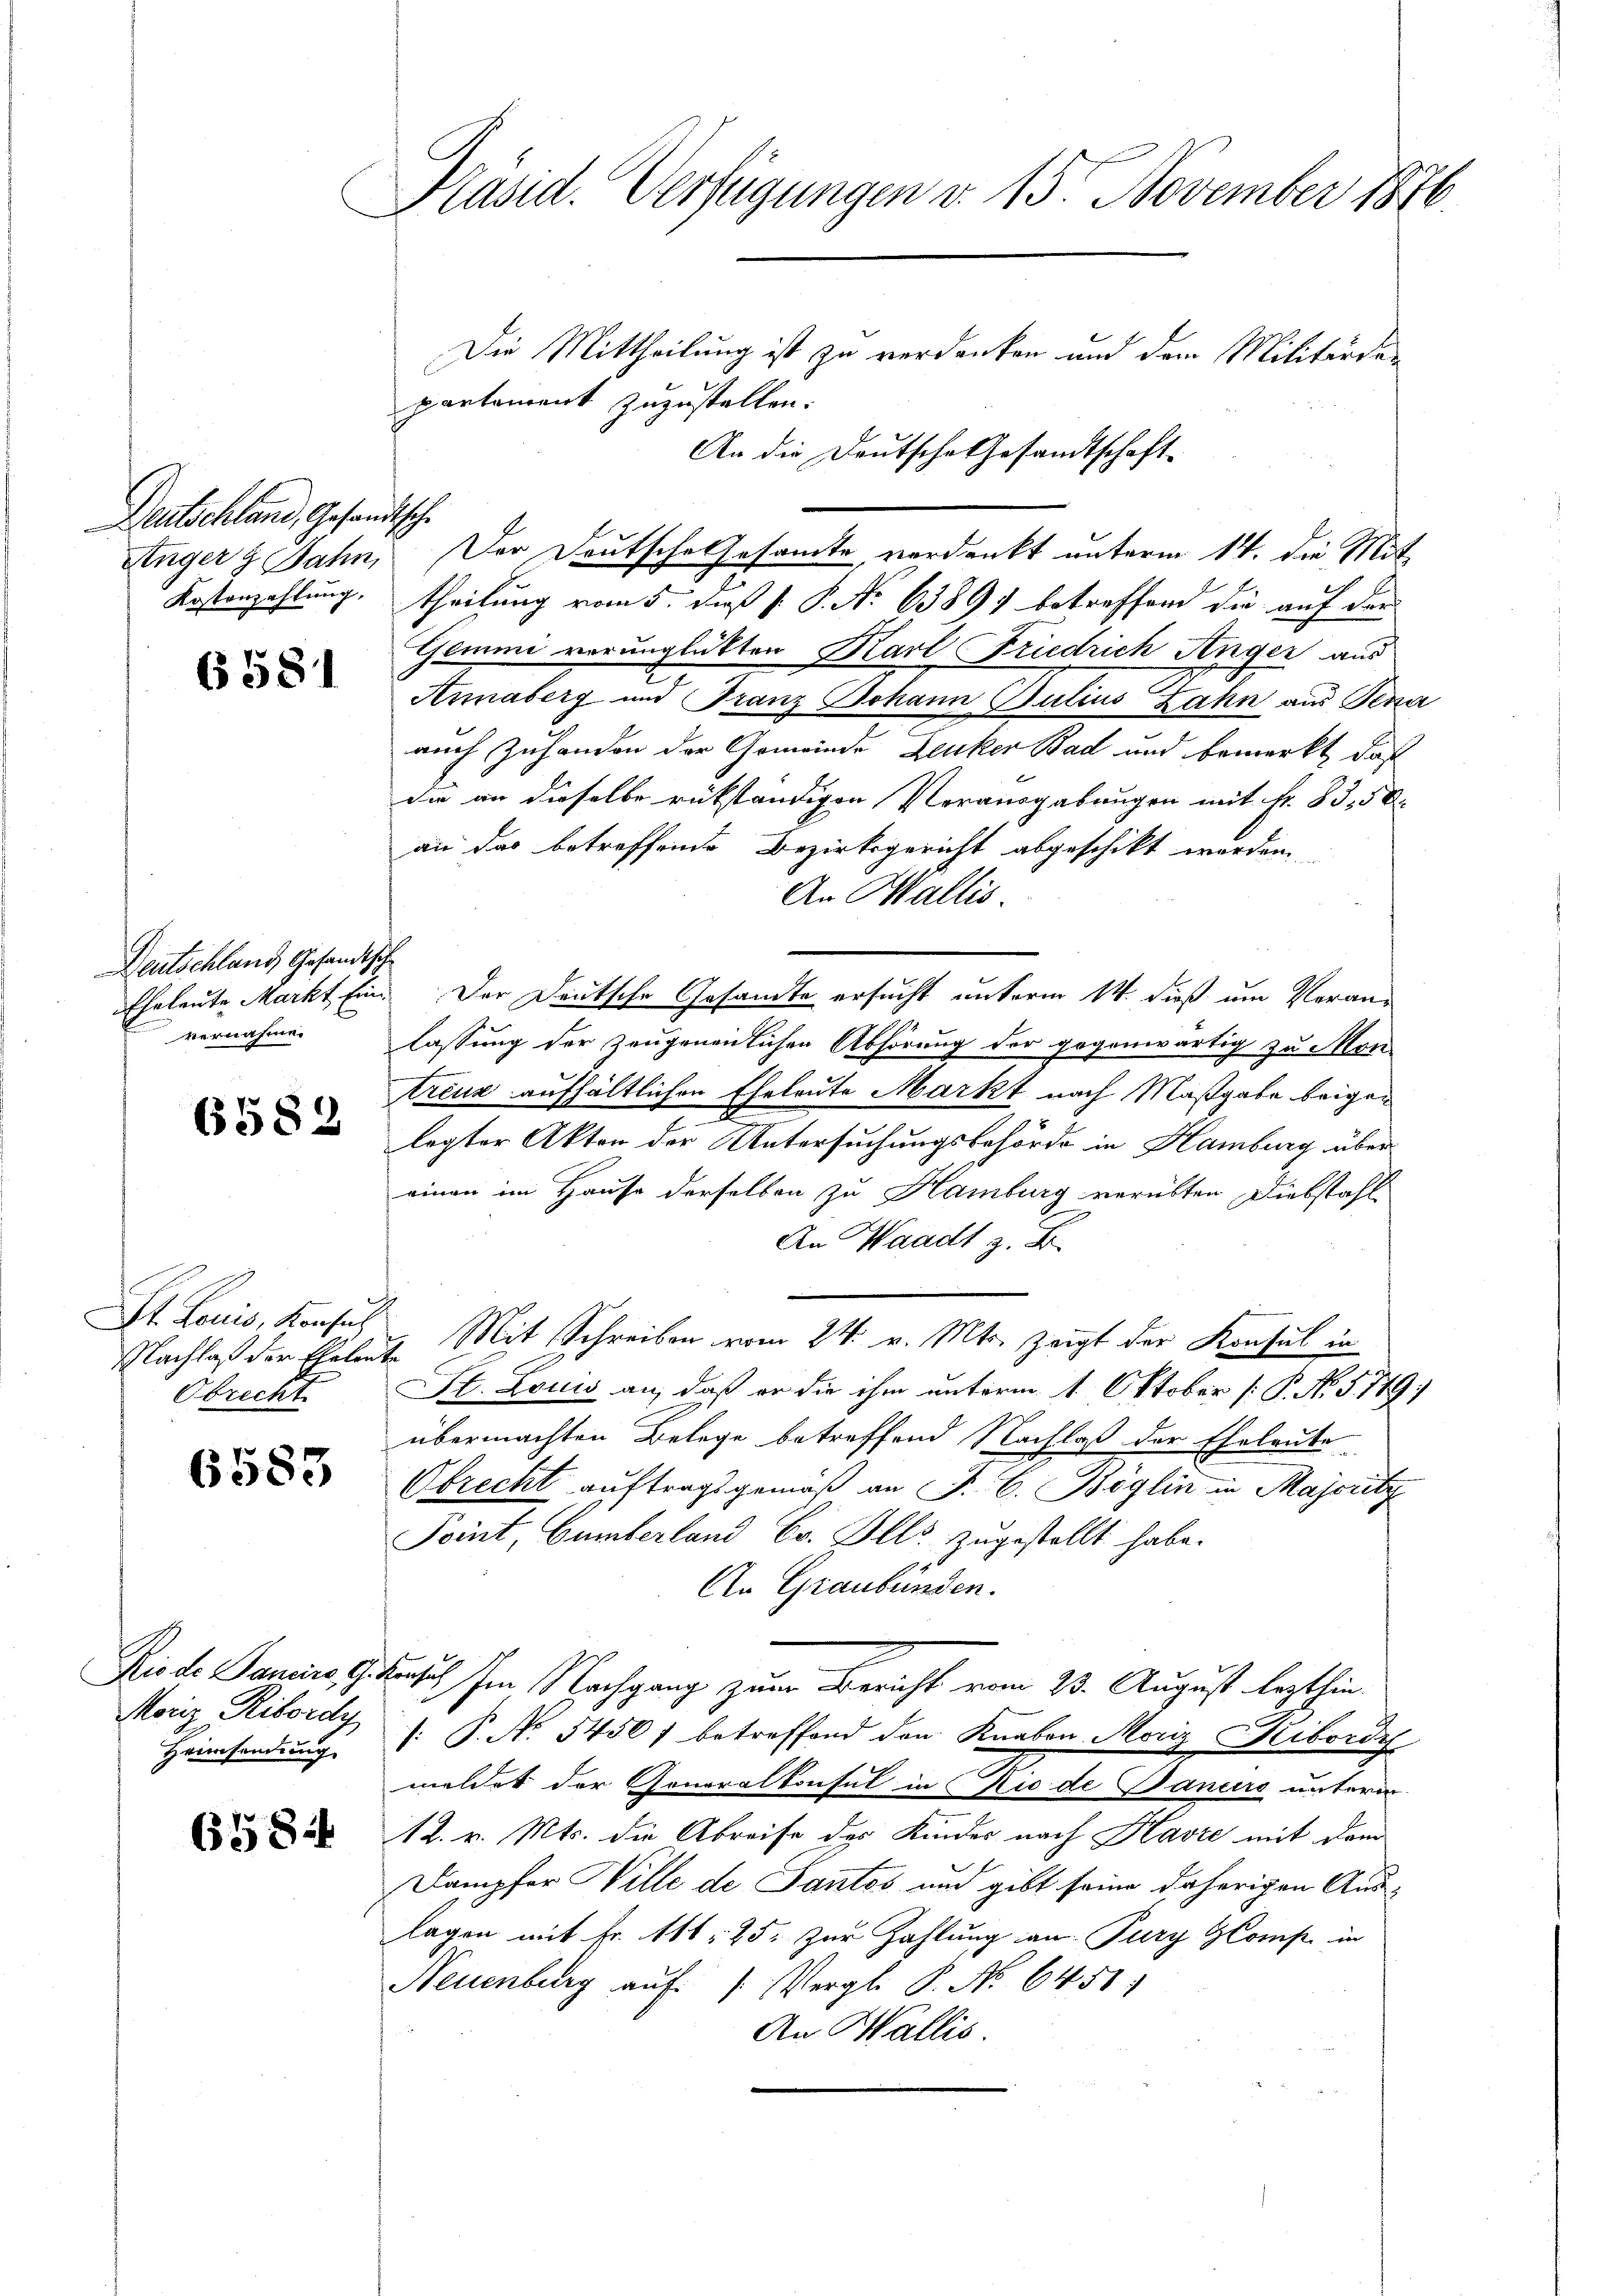
Deutschland, Gesandtsche

6581

Deutschland Gesandtsch
vernahme.

6582

Nachlaß der Eheleute
Obrecht.

6583

Moriz Ribordy
Heimsendung

658.

Präsid. Verfügungen d. 15. November 1876.
Die Mittheilung ist zu verdanken und dem Militärder
partement zuzustellen.

An die Deutsche Gesandtschaft-
Kostenzahlung. Theilung vom 5. daß P. P. No 6389) betreffend die auf der
Gemmi verunglükten Karl Friedrich Anger aus
Annnaberg und Franz Johann Julius Zahn aus Sena
auch Zuhanden der Gemeinde Deuker Bad und bemerkt, daß
die an dieselbe rükständigen Vorausgabungen mit 4. 83. 50
an das betreffende Bezirksgericht abgeschikt werden
An Wallis.
Eheleute Markt Ein Der Deutsche Gesandte ersucht unterm 14. dieß um Veranlassung der Zeugenendlichen Abhörung der gegenwärtig zu Montreuz aufhältlichen Eheleute Markt nach Maßgabe beigen
lagter Akten der Untersuchungsbehörde in Hamburg über
einen im Hause derselben zu Hamburg verübten Diebstahl
An Waadt B
St. Louis, Konsul Mit Schreiben vom 24. v. Mts. zeigt der Konsul in
St. Louis an, daß er die ihm unterm 1. Oktober [P. N. 5719
übermachten Belege betreffend Nachlaß der Eheleute
Obrecht auftragsgemäß an J. C. Böglin in Majoritz
Point Gumberland Er. Alls zugestellt habe.
An Graubünden.
Riede Paris Schensch im Nachgang zum Bericht vom 23. August lezthin
: P. No. 5450) betreffend den Knaben Moriz Hibordi
meldet der Generalkonsul in Rio de Danuro unterm
12. v. Mts. die Abreise der Kindes nach Havre mit dem
Dampfer Wille de Santes und gibt seine daherigen Auslagen mit Fr. 116, 25. zur Zahlung an Pury GComp. in
Neuenburg auf 1. Vergl. P. No 6451.
An Wallis.

Anger 8 Jahn, Der Deutsche Gesamte, verdankt unterm 14. die Mit¬